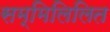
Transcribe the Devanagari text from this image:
सम्मिलिलित